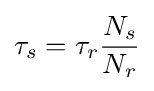
\tau _{s}=\tau _{r}{\frac {N_{s}}{N_{r}}}